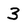
Character: 3